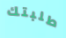
طلبتك